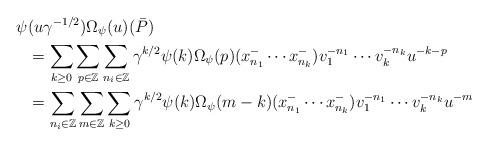
LaTeX: \begin{align*}\psi&(u\gamma^{-1/2})\Omega_\psi(u)(\bar P)\\&=\sum_{k\geq 0}\sum_{p\in\mathbb Z}\sum_{n_i\in\mathbb Z } \gamma^{k/2}\psi(k)\Omega_\psi(p)(x^-_{n_1}\cdots x^-_{n_k})v_1^{-n_1}\cdots v_k^{-n_k}u^{-k-p} \\&=\sum_{n_i\in\mathbb Z } \sum_{m\in\mathbb Z}\sum_{k\geq 0}\gamma^{k/2}\psi(k)\Omega_\psi(m-k)(x^-_{n_1}\cdots x^-_{n_k})v_1^{-n_1}\cdots v_k^{-n_k}u^{-m}\end{align*}